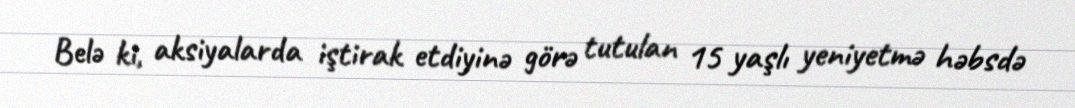
Belə ki, aksiyalarda iştirak etdiyinə görə tutulan 15 yaşlı yeniyetmə həbsdə